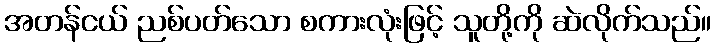
အတန်ငယ် ညစ်ပတ်သော စကားလုံးဖြင့် သူတို့ကို ဆဲလိုက်သည်။